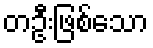
တဦးဖြစ်သော